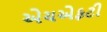
એચએફટી